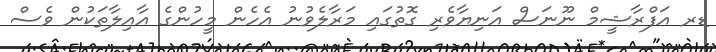
ޑރ އަފްރާޝީމް ނޫނަސް އަނިޔާވެރި ގޮތުގައި މަރާލެވުނު އެހެން މީހުންގެ އާއިލާތަކުން ވެސް